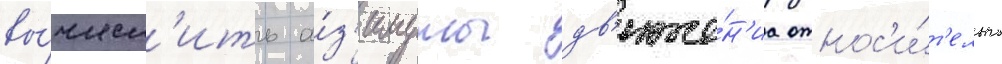
вы́числ'ить а́з'имуты дв'иже́н'иа относ'и́т'ельно